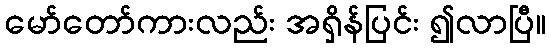
မော်တော်ကားလည်း အရှိန်ပြင်း ၍လာပြီ။